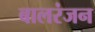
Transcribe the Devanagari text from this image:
बालरंजन